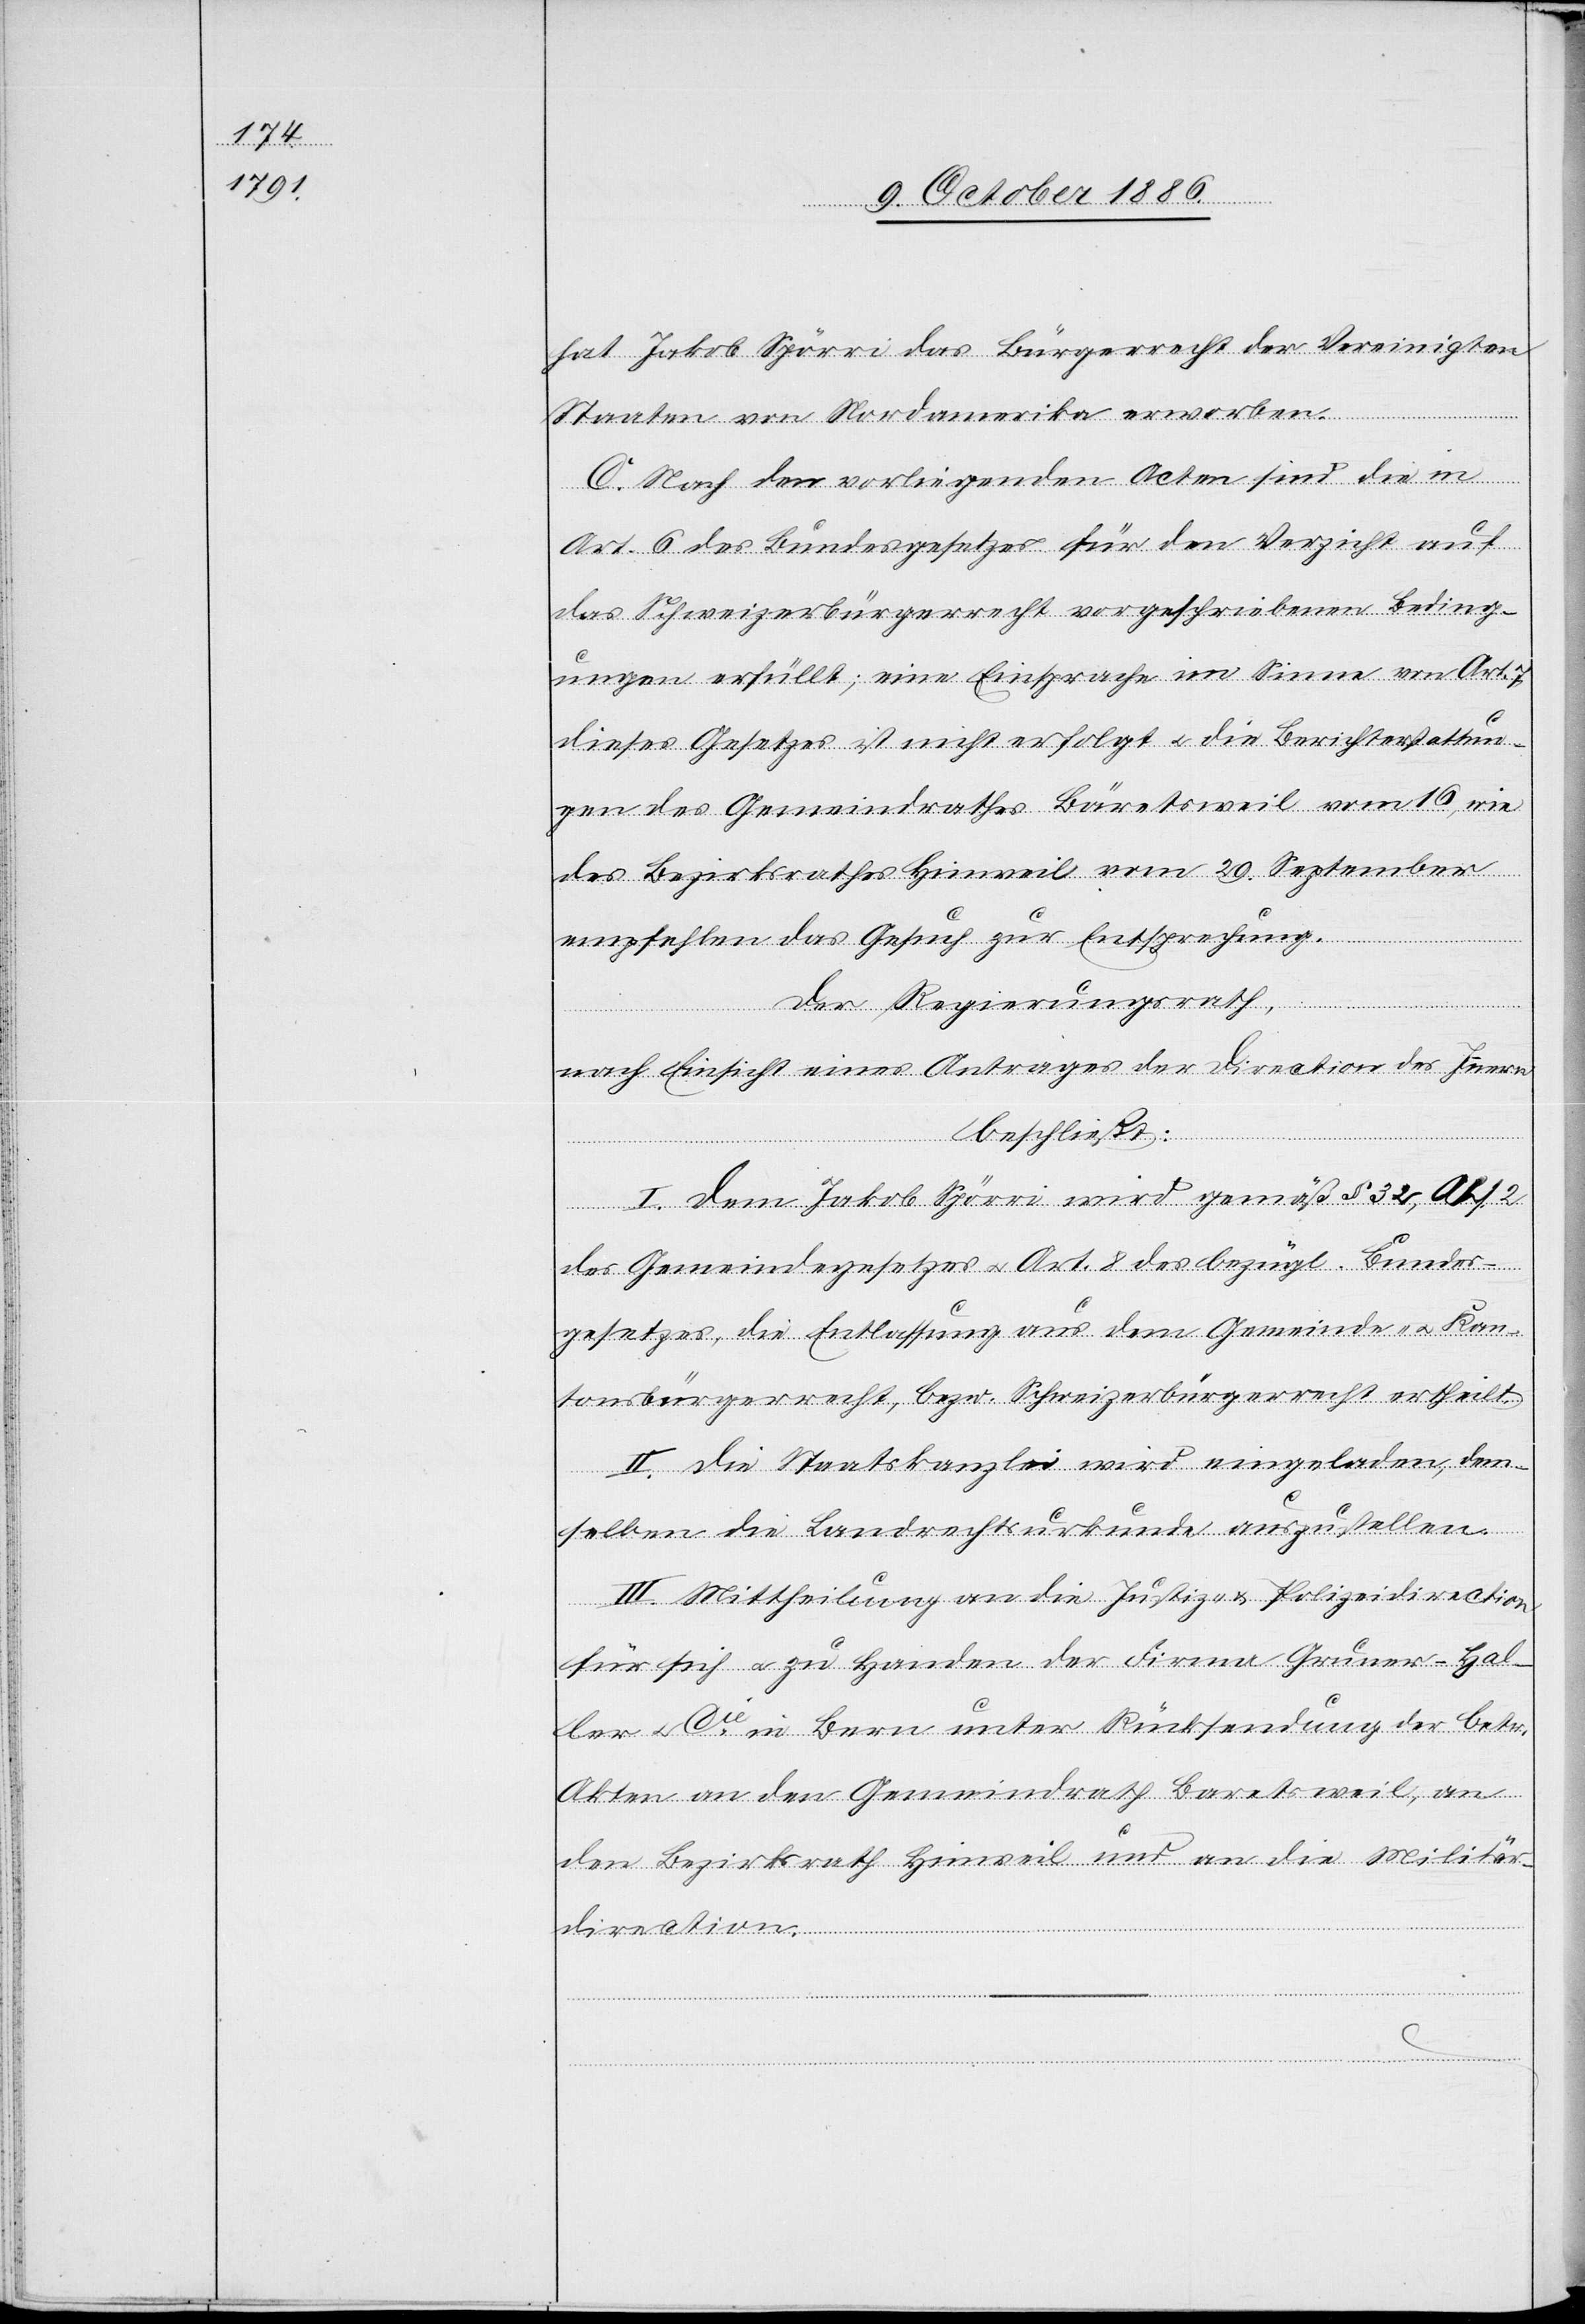
hat Jakob Spörri das Bürgerrecht der Vereinigten
Staaten von Nordamerika erworben.
C. Nach den vorliegenden Acten sind die in
Art. 6 des Bundesgesetzes für den Verzicht auf
das Schweizerbürgerrecht vorgeschriebenen Beding¬
ungen erfüllt; eine Einsprache im Sinne von Art. 7
dieses Gesetzes ist nicht erfolgt & die Berichterstattun¬
gen des Gemeindrathes Bäretsweil vom 16., wie
des Bezirksrathes Hinweil vom 29. September
empfehlen das Gesuch zur Entsprechung.
Der Regierungsrath,
nach Einsicht eines Antrages der Direction des Innern
beschließt:
an
I. Dem Jakob Spörri wird gemäß § 32, Abs. 2
des Gemeindegesetzes & Art. 8 des bezügl. Bundes¬
gesetzes, die Entlassung aus dem Gemeinde- & Kan¬
tonsbürgerrecht, bezw. Schweizerbürgerrecht ertheilt.
II. Die Staatskanzlei wird eingeladen, dem¬
selben die Landrechtsurkunde auszustellen.
III. Mittheilung an die Justiz- & Polizeidirection
für sich & zu Handen der Firma Gruner-Hal¬
ler & Cie in Bern unter Rücksendung der betr.
Akten an den Gemeindrath Baretsweil
den Bezirksrath Hinweil und an die Militär¬
direction.